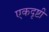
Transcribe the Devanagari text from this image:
एकदृष्टी